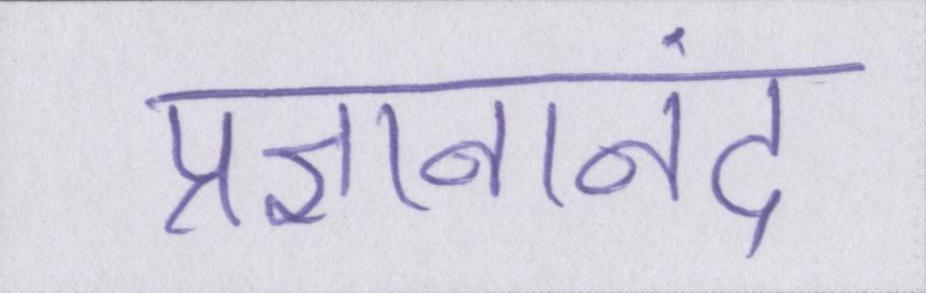
प्रज्ञनानंद